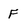
Character: F